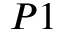
P 1